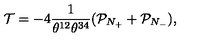
\mathcal { T } = - 4 \frac { 1 } { \theta ^ { 1 2 } \theta ^ { 3 4 } } ( \mathcal { P } _ { N _ { + } } + \mathcal { P } _ { N _ { - } } ) ,